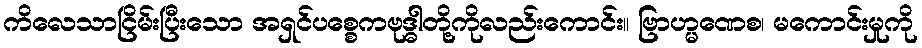
ကိလေသာငြိမ်းပြီးသော အရှင်ပစ္စေကဗုဒ္ဓါတို့ကိုလည်းကောင်း။ ဗြာဟ္မဏေစ၊ မကောင်းမှုကို